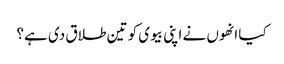
کیا انھوں نے اپنی بیوی کو تین طلاق دی ہے؟